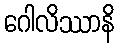
ဂေါလိဿာနိ